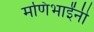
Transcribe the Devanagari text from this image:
मणिभाईंनी